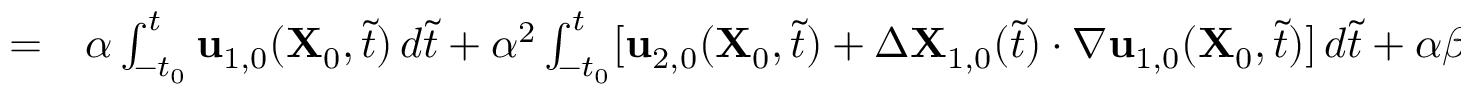
\begin{array} { r l } { = } & { { } \alpha \int _ { - t _ { 0 } } ^ { t } \mathbf { u } _ { 1 , 0 } ( \mathbf { X } _ { 0 } , \tilde { t } ) \, d \tilde { t } + \alpha ^ { 2 } \int _ { - t _ { 0 } } ^ { t } [ \mathbf { u } _ { 2 , 0 } ( \mathbf { X } _ { 0 } , \tilde { t } ) + \Delta \mathbf { X } _ { 1 , 0 } ( \tilde { t } ) \cdot \nabla \mathbf { u } _ { 1 , 0 } ( \mathbf { X } _ { 0 } , \tilde { t } ) ] \, d \tilde { t } + \alpha \beta \int _ { - t _ { 0 } } ^ { t } \mathbf { u } _ { 1 , 1 } ( \mathbf { X } _ { 0 } , \tilde { t } ) \, d \tilde { t } . } \end{array}